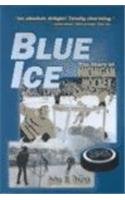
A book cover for Blue Ice: The Story of Michigan Hockey; John U. Bacon; Sports & Outdoors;